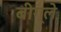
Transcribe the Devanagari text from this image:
बीग्ले